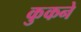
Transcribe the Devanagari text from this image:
कुकने